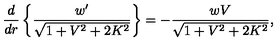
\frac { d } { d r } \left\{ \frac { w ^ { \prime } } { \sqrt { 1 + V ^ { 2 } + 2 K ^ { 2 } } } \right\} = - \frac { w V } { \sqrt { 1 + V ^ { 2 } + 2 K ^ { 2 } } } ,